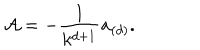
{ \cal A } = - { \frac { 1 } { k ^ { d + 1 } } } { \bf a } _ { ( d ) } .